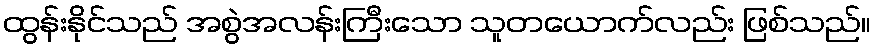
ထွန်းနိုင်သည် အစွဲအလန်းကြီးသော သူတယောက်လည်း ဖြစ်သည်။